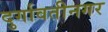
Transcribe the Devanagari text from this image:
दुर्गावतीनगर